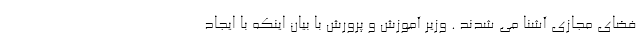
فضای مجازی آشنا می شدند . وزیر آموزش و پرورش با بیان اینکه با ایجاد